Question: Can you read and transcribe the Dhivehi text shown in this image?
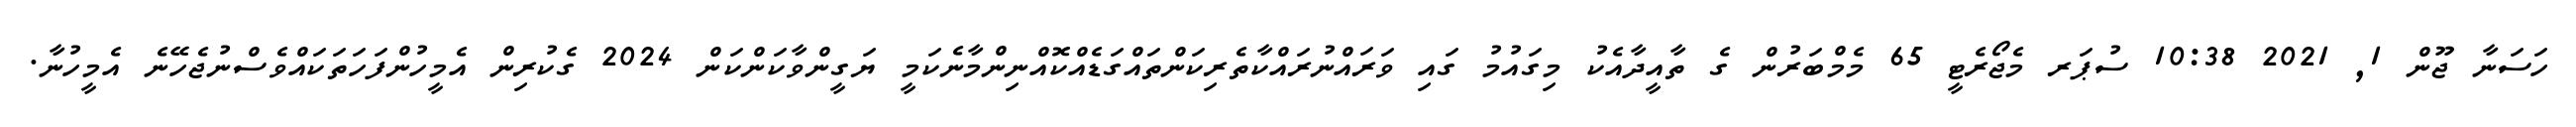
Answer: ހަސަނާ ޖޫން 1, 2021 10:38 ސުޕަރ މެޖޯރެޓީ 65 މެމްބަރުން ގެ ތާއީދާއެކު މިގައުމު ގައި ވަރައްނުރައްކާތެރިކަންތައްގަޑެއްކޮއްނިންމާނެކަމީ ޔަގީންވާކަންކަން 2024 ގެކުރިން އެމީހުންފަހަތަކައްވެސްނުޖެހޭނެ އެމީހުނާ.